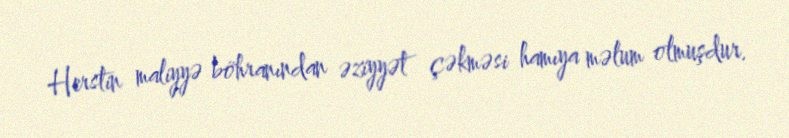
Herstin maliyyə böhranından əziyyət çəkməsi hamıya məlum olmuşdur.